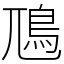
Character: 䲫